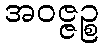
အဝဇ္ဇဉ္စ